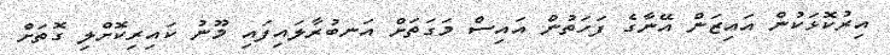
އިރުކޮޅަކުން އައިޒަން އޭނާގެ ފަހަތުން އައިސް މަގަތަށް އަނބުރާލައިފައި މޫނު ކައިރިކޮށްލި ގޮތަށް